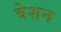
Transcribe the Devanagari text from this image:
वेशन